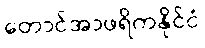
တောင်အာဖရိကနိုင်ငံ